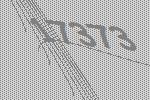
17373